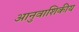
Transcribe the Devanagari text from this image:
आनुवाशिकीय